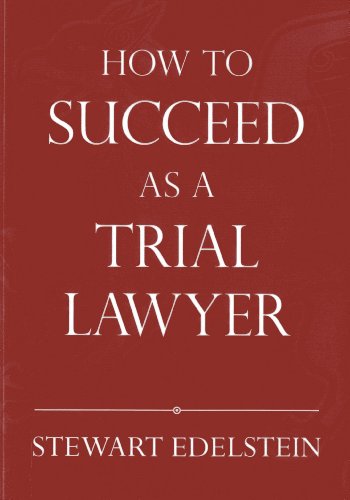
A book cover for How to Succeed as a Trial Lawyer; Stewart Edelstein; Law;